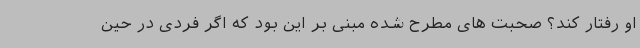
او رفتار کند؟ صحبت های مطرح شده مبنی بر این بود که اگر فردی در حین